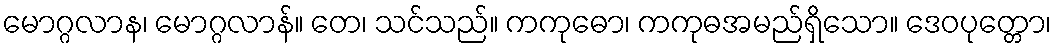
မောဂ္ဂလာန၊ မောဂ္ဂလာန်။ တေ၊ သင်သည်။ ကကုဓော၊ ကကုဓအမည်ရှိသော။ ဒေဝပုတ္တော၊